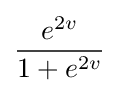
{\frac {e^{2v}}{1+e^{2v}}}